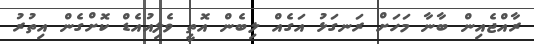
ރާއްޖެއިން ބާނާ މަހަށް ރަނގަޅު އަގެއް ލިބެން އޮތީ ވެލިއުއެޑް ކޮށްގެން އިތުރު